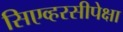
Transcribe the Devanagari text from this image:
सिएव्हरसीपेक्षा